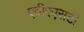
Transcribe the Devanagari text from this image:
एवीएएसटी